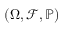
( \Omega , { \mathcal { F } } , \mathbb { P } )